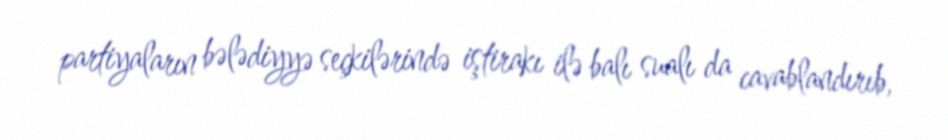
partiyaların bələdiyyə seçkilərində iştirakı ilə balı sualı da cavablandırıb,